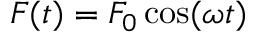
F ( t ) = F _ { 0 } \cos ( \omega t )